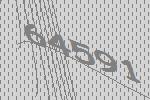
64591